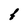
Character: f